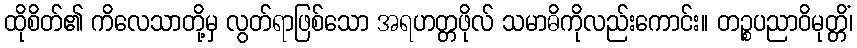
ထိုစိတ်၏ ကိလေသာတို့မှ လွတ်ရာဖြစ်သော အရဟတ္တဖိုလ် သမာဓိကိုလည်းကောင်း။ တဉ္စပညာဝိမုတ္တိံ၊